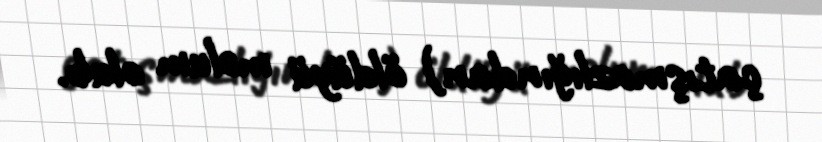
çatışmazlığından) öldüyü məlum olub.